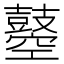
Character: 𪔣